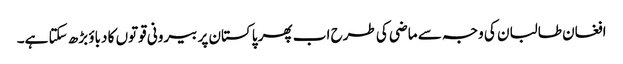
افغان طالبان کی وجہ سے ماضی کی طرح اب پھر پاکستان پر بیرونی قوتوں کا دباؤ بڑھ سکتا ہے۔